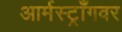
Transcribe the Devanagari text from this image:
आर्मस्ट्राँगवर